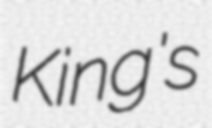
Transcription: King's